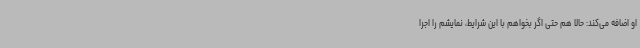
او اضافه می‌کند: حالا هم حتی اگر بخواهم با این شرایط، نمایشم را اجرا